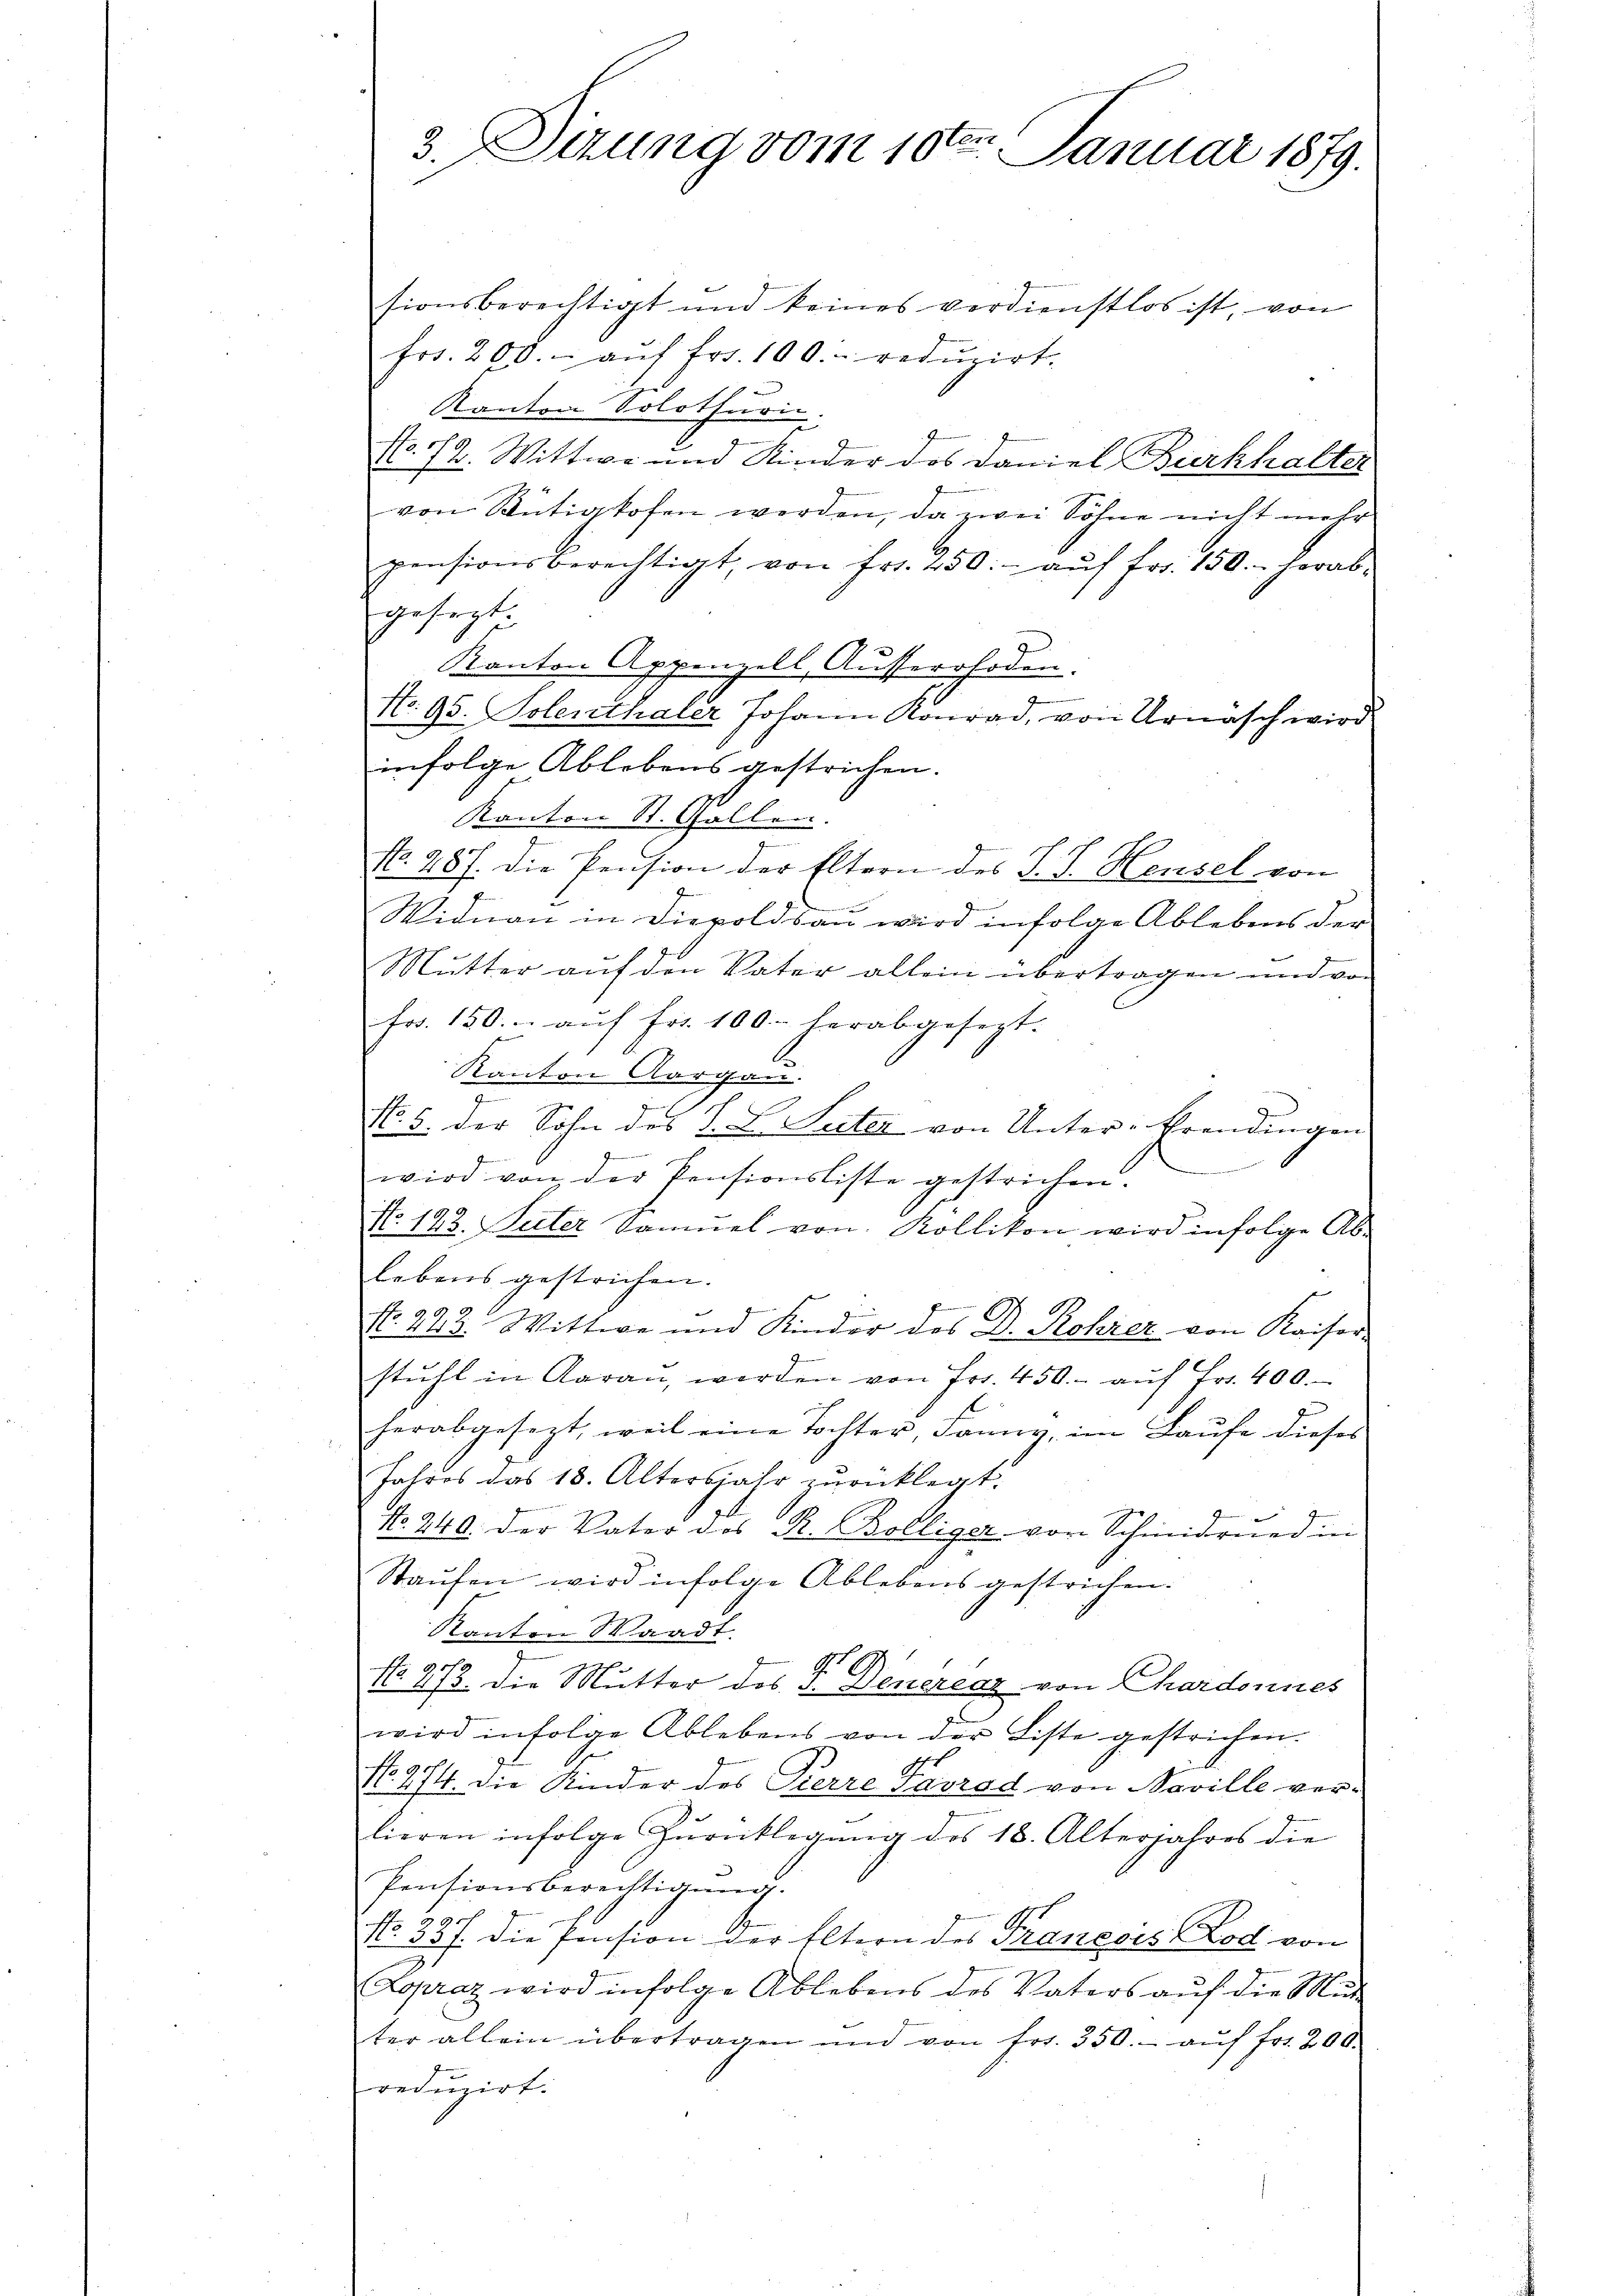
3. Sirung vom 10ten Januar 1879.
sionsberechtigt und keines verdienstlos ist, von

frs. 200.- aŭf frs. 100. redŭzirt.
Kanton Solothuric
No. 72. Wittwe und Kinder des Daniel Burkhalter
von Rütigkofen werden, da zwei Söhne nicht mehr
pensionsberechtigt, von fr. 250. aŭf fr. 150. herab-
gesezt:
Kanton Appenzell Ausserrhoden.
No. 95. Solenthaler Johann Konrad, von Urnasch wird.
infolge Ablebens gestrichen.
Kanton St. Gallen.
.
NNo. 287. Die Pension der Eltern des J. J. Heusel von
eben
Widman in Diepolds an wird infolge Ablebens der
Mutter auf den Vater allein übertragen und von
Fr. 150. auf Fr. 100 herabgesezt.
Kanton Aargau.
No. 5. der Sohn des L. L. Suter von Unter-Erendingen
.
wird von der Pensionsliste gestrichen
No. 143. Suter Samŭel von Kollikon wird infolge Ab-
lebens gestrichen.
Nr. 222. Wittwe und Kinder des Dr. Rohrer von Kaiser-
stuhl in Aaran, werden von Fr. 450.- aŭf Fr. 400.
herabgesezt, weil eine Tochter, Fanny, im Laufe dieses
Jahres das 18. Altersjahr zurücklegt.
No. 240. Der Vater des R. Bolliger von Schmidrued in
Staŭfen wird infolge Ablebens gestrichen.
Ranton Waadt.
9
d
No. 473. Die Mutter des 3. Denerenz von Chardonnes
wird infolge Ablebens von der Liste gestrichen.
9
No. 414. die Kinder des Pierre Pavrad von Noville ver-
lieren infolge Zurücklegung des 18. Alterjahres die
Pensionsberechtigung.
No. 33 f. die Pension der Eltern des Franzoes Lod von
(Lopraz wird infolge Ablebens des Vaters auf die Mut
ter allein übertragen und von fr. 350.- aŭf fr. 200.
reduzirt.